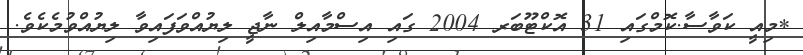
*މިއީ ކަވާސާ.ކޮމްގައި 31 އޮކްޓޫބަރ 2004 ގައި އިސްމާއިލް ނާޖީ ލިޔުއްވަފައިވާ ލިޔުއްވުމެކެވެ.